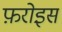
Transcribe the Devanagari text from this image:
फ़रोइस